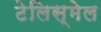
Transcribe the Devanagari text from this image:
टेलिस्मेल